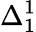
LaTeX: \Delta_{1}^{1}